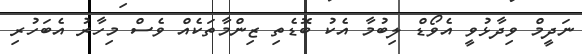
ނަދީމް ވިދާޅުވީ އެވޯޑް ލިބުމާ އެކު ބޮޑެތި ޒިންމާތަކެއް ވެސް މިހާރު އެބަހުރި